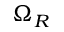
\Omega _ { R }